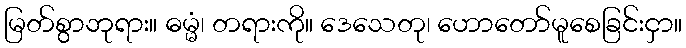
မြတ်စွာဘုရား။ ဓမ္မံ၊ တရားကို။ ဒေသေတု၊ ဟောတော်မူစေခြင်းငှာ။